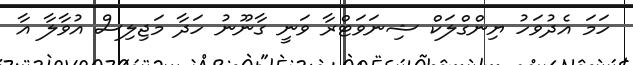
ހަމަ އެދުވަހު ޔިންގްލަކް ޝިނަވަޓްރާ ވަނީ ގާނޫނު ހަދާ މަޖިލިސް އުވާލާ އާ